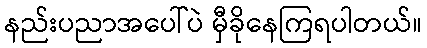
နည်းပညာအပေါ်ပဲ မှီခိုနေကြရပါတယ်။